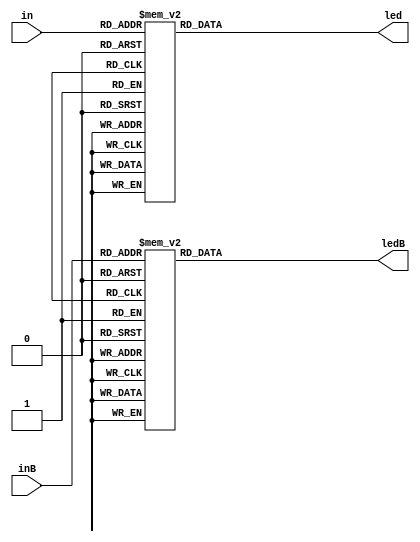
`timescale 1ns / 1ps
//////////////////////////////////////////////////////////////////////////////////
// Company: 
// Engineer: 
// 
// Design Name: 
// Module Name: showSevenSegment
// Project Name: 
// Target Devices: 
// Tool Versions: 
// Description: 
// 
// Dependencies: 
// 
// Revision:
// Revision 0.01 - File Created
// Additional Comments:
// 
//////////////////////////////////////////////////////////////////////////////////



module showSevenSegment(in , inB, led , ledB);

input [3:0] in , inB;
output reg [6:0] led , ledB;

always @(in , inB)
begin
    case(in)
        
        0: led=7'b0000001;1: led=7'b1001111;2: led=7'b0010010;3: led=7'b0000110;
    4: led=7'b1001100;5: led=7'b0100100;6: led=7'b0100000;7: led=7'b0001111;
    8: led=7'b0000000;9: led=7'b0000100;
    10: led= 7'b0110001; 11: led = 7'b1110001;
//    10: led=7'b0001000;11: led=7'b1100000;
//    12: led=7'b0110001;13: led=7'b1000010;14: led=7'b0110000;15: led=7'b0111000;
        default: 
            led = 7'b0000000; 
     endcase
     
     case(inB)
        
        0: ledB=7'b0000001;1: ledB=7'b1001111;2: ledB=7'b0010010;3: ledB=7'b0000110;
    4: ledB=7'b1001100;5: ledB=7'b0100100;6: ledB=7'b0100000;7: ledB=7'b0001111;
    8: ledB=7'b0000000;9: ledB=7'b0000100;
    10: ledB= 7'b0110001; 11: ledB = 7'b1110001;
//    10: led=7'b0001000;11: led=7'b1100000;
//    12: led=7'b0110001;13: led=7'b1000010;14: led=7'b0110000;15: led=7'b0111000;
        default: 
            ledB = 7'b0000000; 
     endcase
     
end


endmodule